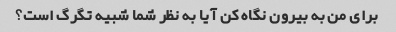
برای من به بیرون نگاه کن آیا به نظر شما شبیه تگرگ است؟